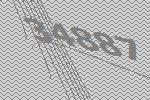
34887